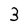
Character: 3